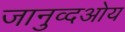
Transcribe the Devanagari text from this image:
जानुव्दओय